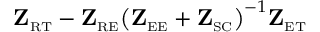
\mathbf { Z } _ { \scriptscriptstyle \mathrm { R } \scriptscriptstyle \mathrm { T } } - \mathbf { Z } _ { \scriptscriptstyle \mathrm { R } \scriptscriptstyle \mathrm { E } } \big ( \mathbf { Z } _ { \scriptscriptstyle \mathrm { E } \scriptscriptstyle \mathrm { E } } + \mathbf { Z } _ { \scriptscriptstyle \mathrm { S C } } \big ) ^ { - 1 } \mathbf { Z } _ { \scriptscriptstyle \mathrm { E } \scriptscriptstyle \mathrm { T } }